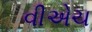
વીએચ